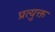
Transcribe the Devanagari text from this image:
प्रत्युक्त